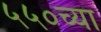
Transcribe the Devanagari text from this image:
५५०च्या